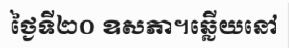
ថ្ងៃទី២០ ឧសភា។ឆ្លើយនៅ